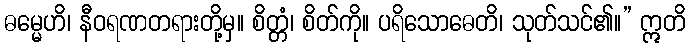
ဓမ္မေဟိ၊ နီဝရဏတရားတို့မှ။ စိတ္တံ၊ စိတ်ကို။ ပရိသောဓေတိ၊ သုတ်သင်၏။” ဣတိ